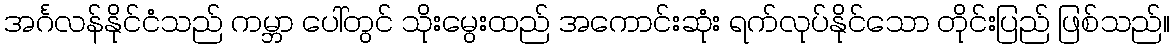
အင်္ဂလန်နိုင်ငံသည် ကမ္ဘာ ပေါ်တွင် သိုးမွေးထည် အကောင်းဆုံး ရက်လုပ်နိုင်သော တိုင်းပြည် ဖြစ်သည်။